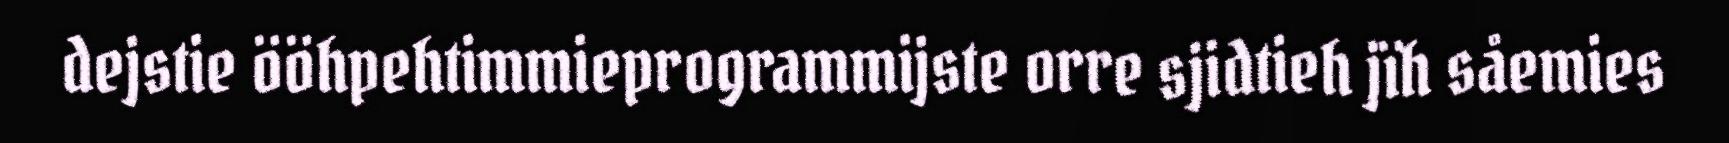
dejstie ööhpehtimmieprogrammijste orre sjidtieh jïh såemies